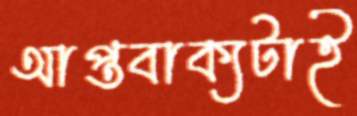
আপ্তবাক্যটাই